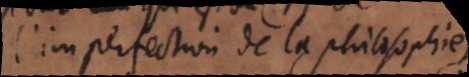
l’imperfection de la philosophie